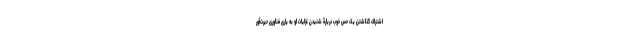
اشتراک گذاشتن یک حس خوب دربارۀ شنیدن غزلیات او به یاری فناوری حیرت‌آور